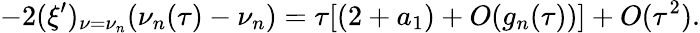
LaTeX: -2(\xi^{\prime})_{\nu=\nu_{n}}(\nu_{n}(\tau)-\nu_{n})=\tau[(2+a_{1})+O(g_{n}(\tau))]+O(\tau^{2}).